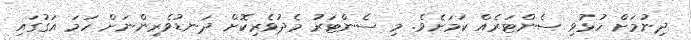
ދިނުމަށް ހުޅުވި ސެންޓަރެއް ކަމަށެވެ. މި ސެންޓަރު މެދުވެރިކޮށް ދަނޑުވެރިންނަށް ހަމަ އަގުގައި